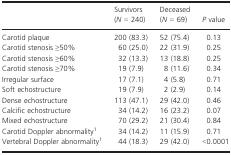
|  | Survivors (N = 240) | Deceased (N = 69) | P value |
 | --- | --- | --- | --- |
 | Carotid plaque | 200 (83.3) | 52 (75.4) | 0.13 |
 | Carotid stenosis ≥50% | 60 (25.0) | 22 (31.9) | 0.25 |
 | Carotid stenosis ≥60% | 32 (13.3) | 13 (18.8) | 0.25 |
 | Carotid stenosis ≥70% | 19 (7.9) | 8 (11.6) | 0.34 |
 | Irregular surface | 17 (7.1) | 4 (5.8) | 0.71 |
 | Soft echostructure | 19 (7.9) | 2 (2.9) | 0.14 |
 | Dense echostructure | 113 (47.1) | 29 (42.0) | 0.46 |
 | Calcific echostructure | 34 (14.2) | 16 (23.2) | 0.07 |
 | Mixed echostructure | 70 (29.2) | 21 (30.4) | 0.84 |
 | Carotid Doppler abnormalitya | 34 (14.2) | 11 (15.9) | 0.71 |
 | Vertebral Doppler abnormalitya | 44 (18.3) | 29 (42.0) | <0.0001 |